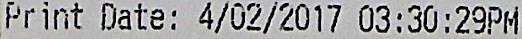
PRINT DATE: 4/02/2017 03:30;29PM